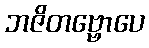
ဘဇိတဗ္ဗောပေ